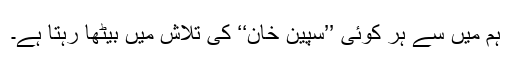
ہم میں سے ہر کوئی ’’سپین خان‘‘ کی تلاش میں بیٹھا رہتا ہے۔